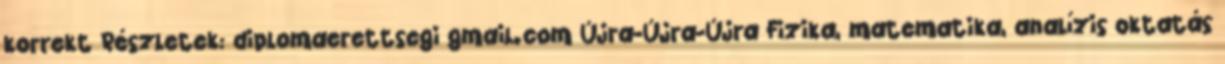
korrekt Részletek: diplomaerettsegi gmail.com Újra-Újra-Újra Fizika, matematika, analízis oktatás